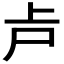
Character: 𠧕